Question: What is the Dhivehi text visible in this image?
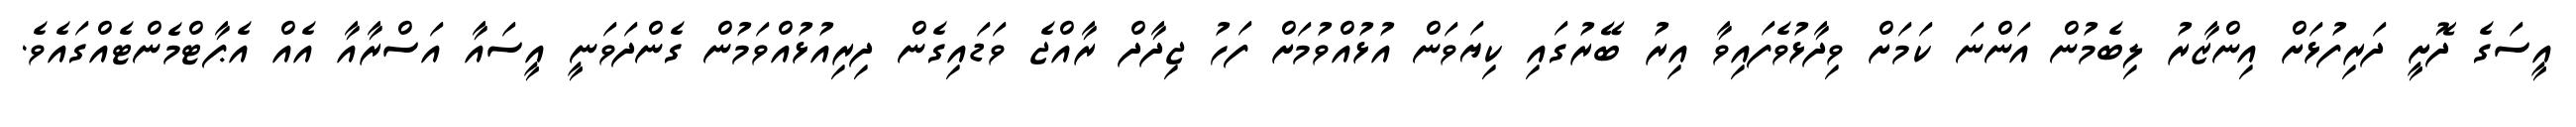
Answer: އީސަގެ ދޮށީ ދަރިފުޅަށް އިންޒާރު ލިބެމުން އަންނަ ކަމަށް ވިދާޅުވެފައިވާ އިރު ބޭރުގައި ކިޔަވަން އުޅުއްވުމަށް ފަހު ޖިދާދް ރާއްޖެ ވަޑައިގެން ދިރިއުޅުއްވަމުން ގެންދަވަނީ އީސައާ އަސްރާއާ އެއް އެޕާޓްމެންޓެއްގައެވެ.